Source: Computer-generated
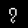
Digit: ၇ (7)